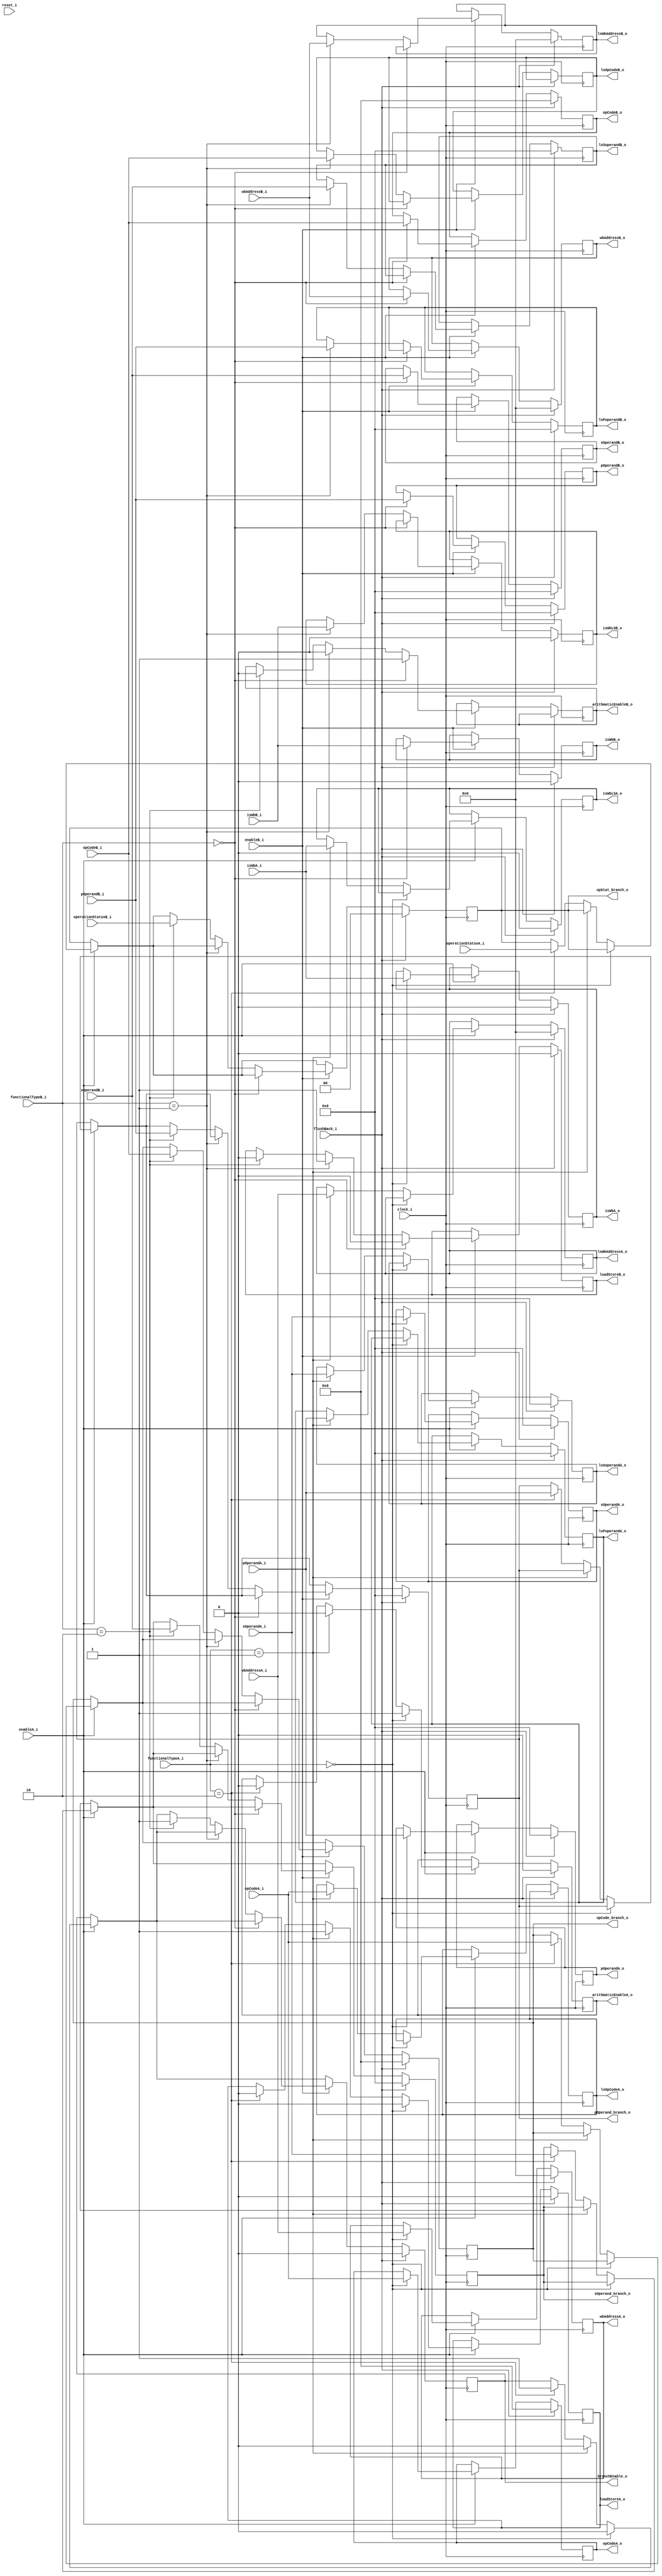
`timescale 1ns / 1ps
`default_nettype none

module InstructionDispatch(
		input wire clock_i, reset_i,
		input wire isWbA_i, isWbB_i,
		input wire enableA_i, enableB_i,
		input wire [1:0] functionalTypeA_i, functionalTypeB_i,
		input wire [4:0] wbAddressA_i, wbAddressB_i,
		input wire [6:0] opCodeA_i, opCodeB_i,
		input wire [15:0] pOperandA_i, sOperandA_i, pOperandB_i, sOperandB_i,
		input wire [1:0] operationStatusA_i, operationStatusB_i,
		input wire flushBack_i,
		
		//output to arithmatic units - there are 2 arithmatic units
		output reg arithmaticEnableA_o, arithmaticEnableB_o,
		output reg isWbA_o, isWbB_o,
		output reg [4:0] wbAddressA_o, wbAddressB_o,
		output reg [6:0] opCodeA_o, opCodeB_o,
		output reg [15:0] pOperandA_o, sOperandA_o, pOperandB_o, sOperandB_o,	
		
		
		//output to branch unit - one shared branch unit
		output reg branchEnable_o,
		output reg [1:0] opStat_branch_o,//2 bits which are set according to the pipeline used
		output reg [6:0] opCode_branch_o,
		output reg [15:0] pOperand_branch_o, sOperand_branch_o,
		
		
		//outputs to load-store
		output reg isWbLSA_o, isWbLSB_o,
		output reg loadStoreA_o, loadStoreB_o,
		output reg [4:0] lsWbAddressA_o, lsWbAddressB_o,
		output reg [6:0] lsOpCodeA_o, lsOpCodeB_o,
		output reg [15:0]lsPoperandA_o, lsSoperandA_o, lsPoperandB_o, lsSoperandB_o
    );
	 //if this was oo or superscalar the scheduling datastructure would be here
	 always @(posedge clock_i)
	 begin
			if(flushBack_i == 1)//all outputs set to 0
			begin			
			pOperandA_o <= 0; sOperandA_o <= 0; pOperandB_o <= 0; sOperandB_o <= 0;
			lsPoperandA_o <= 0; lsSoperandA_o <= 0; lsPoperandB_o <= 0; lsSoperandB_o <= 0;
			opCodeA_o <= 0; opCodeB_o <= 0;
			wbAddressA_o <= 0; wbAddressB_o <= 0;
			lsWbAddressA_o <= 0; lsWbAddressB_o <= 0;
			isWbA_o <= 0; isWbB_o <= 0;
			isWbLSA_o <= 0; isWbLSB_o <=0;			
			opCode_branch_o <= 0; pOperand_branch_o <= 0; sOperand_branch_o <= 0;
			opStat_branch_o <= 0;
			loadStoreA_o <= 0; loadStoreB_o <= 0;
			branchEnable_o <= 0;
			arithmaticEnableA_o <= 0;
			opStat_branch_o <= 0;//set overflow/underflow to 0
			end
			else
			begin
				//setting enables for the units
				if(enableA_i == 1)
				begin
					if(functionalTypeA_i == 0)//arith
					begin
						pOperandA_o <= pOperandA_i; sOperandA_o <= sOperandA_i;//operands for arithmatic
						arithmaticEnableA_o <= enableA_i;
						opCodeA_o <= opCodeA_i;
						wbAddressA_o <= wbAddressA_i;
						isWbA_o <= isWbA_i;//is writeback allowed
						
						branchEnable_o <= 0;
						loadStoreA_o <= 0;
					end
					else if(functionalTypeA_i == 1)//load store
					begin
						lsPoperandA_o <= pOperandA_i; lsSoperandA_o <= sOperandA_i;//loaadstore operands
						loadStoreA_o <= enableA_i;//set opcode		
						lsOpCodeA_o <= opCodeA_i;//set loadstore enable
						lsWbAddressA_o <= wbAddressA_i;//set store writeback address
						isWbLSA_o <= isWbA_i;//is writeback allowed
						
						arithmaticEnableA_o <= 0;						
						branchEnable_o <= 0;
					end
					else if(functionalTypeA_i == 2)//branch
					begin
						opCode_branch_o <= opCodeA_i;//branch opcode
						pOperand_branch_o <= pOperandA_i; sOperand_branch_o <= sOperandA_i;//branch operands							
						opStat_branch_o <= operationStatusA_i;//if pipeline A has the branch, status for pipeline A goes to the branch					
						branchEnable_o <= enableA_i;
						
						arithmaticEnableA_o <= 0;
						loadStoreA_o <= 0;//no loadstore enabled for pipe A
					end
				end
				
				if(enableB_i == 1)
				begin
					if(functionalTypeB_i == 0)//arith
					begin
						pOperandB_o <= pOperandB_i; sOperandB_o <= sOperandB_i;//arithmatic operands
						arithmaticEnableB_o <= enableB_i;//enable
						opCodeB_o <= opCodeB_i;//opcode
						wbAddressB_o <= wbAddressB_i;//writeback addr
						isWbB_o <= isWbB_i;//is writeback allowed
						
						loadStoreB_o <= 0;
					end
					else if(functionalTypeB_i == 1)//load store
					begin
						lsPoperandB_o <= pOperandB_i; lsSoperandB_o <= sOperandB_i;//load store
						lsOpCodeB_o <= opCodeB_i;//set opcode						
						loadStoreB_o <= enableB_i;//set loadstore enable
						lsWbAddressB_o <= wbAddressB_i;//set store writeback address
						isWbLSB_o <=isWbB_i;//is writeback allowed
						
						arithmaticEnableB_o <= 0;
						
					end						
					else if(functionalTypeB_i == 2)//branch
					begin
						opCode_branch_o <= opCodeB_i;//branch opcode
						pOperand_branch_o <= pOperandB_i; sOperand_branch_o <= sOperandB_i;//branch operands							
						opStat_branch_o <= operationStatusB_i;//if pipeline A has the branch, status for pipeline A goes to the branch					
						branchEnable_o <= enableB_i;
						
						arithmaticEnableB_o <= 0;
						loadStoreB_o <= 0;				
					end
				end				
			end
	 end


endmodule